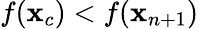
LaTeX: f(\mathbf{x}_{c})<f(\mathbf{x}_{n+1})